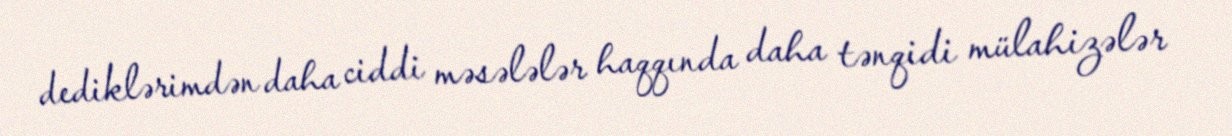
dediklərimdən daha ciddi məsələlər haqqında daha tənqidi mülahizələr